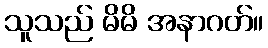
သူသည် မိမိ အနာဂတ်။